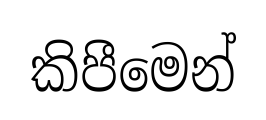
කිපීමෙන්